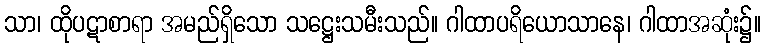
သာ၊ ထိုပဋာစာရာ အမည်ရှိသော သဋ္ဌေးသမီးသည်။ ဂါထာပရိယောသာနေ၊ ဂါထာအဆုံး၌။